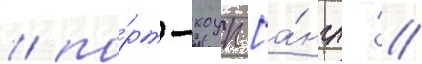
/ по́рт-хоуп [а́нгл. /